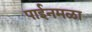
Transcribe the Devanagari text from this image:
पाईनमळा